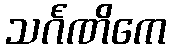
သင်္ဂဏိကေ